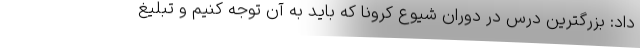
داد: بزرگترین درس در دوران شیوع کرونا که باید به آن توجه کنیم و تبلیغ